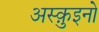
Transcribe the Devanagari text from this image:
अस्क़ुइनो